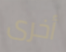
أخرى